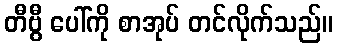
တီဗွီ ပေါ်ကို စာအုပ် တင်လိုက်သည်။